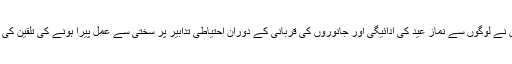
انہوں نے لوگوں سے نماز عید کی ادائیگی اور جانوروں کی قربانی کے دوران احتیاطی تدابیر پر سختی سے عمل پیرا ہونے کی تلقین کی تھی۔